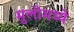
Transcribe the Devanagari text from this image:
मुलींमध्ये